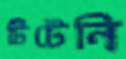
টিটেনি